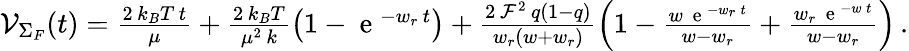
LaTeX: \begin{array}{r}{{\cal V}_{\Sigma_{F}}(t)=\frac{2\, k_{B}T\, t}{\mu}+\frac{2\, k_{B}T}{\mu^{2}\, k}\left(1-\mathrm{~e~}^{-w_{r}\, t}\right)+\frac{2\, {\cal F}^{2}\, q(1-q)}{w_{r}(w+w_{r})}\left(1-\frac{w\, \mathrm{~e~}^{-w_{r}\, t}}{w-w_{r}}+\frac{w_{r}\, \mathrm{~e~}^{-w\, t}}{w-w_{r}}\right)\, .}\end{array}